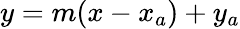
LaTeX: y=m(x-x_{a})+y_{a}